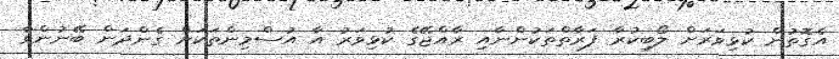
އެގޮތުން ކުޅިވަރަށް ލޯބިކުރާ ފަރާތްތަކުންނާއި ރާއްޖޭގެ ކުޅިވަރު އާ އުސްމިންތަކަށް ގެންދަން ބޭނުންވާ